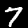
Digit: 7